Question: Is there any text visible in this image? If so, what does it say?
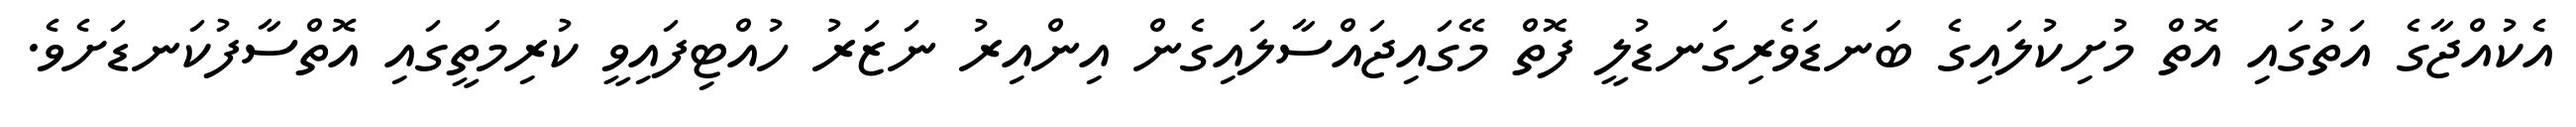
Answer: އެކުއްޖާގެ އަތުގައި އޮތް މުށިކުލައިގެ ބަނޑަވެރިގަނޑުލީ ފޮތް މޭގައިޖައްސާލައިގެން އިންއިރު ނަޒަރު ހުއްޓިފައިވީ ކުރިމަތީގައި އޮތްސާފުކަނޑަށެވެ.